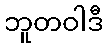
ဘူတဝါဒီ